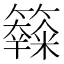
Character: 𥽧